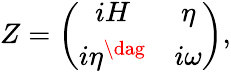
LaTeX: Z=\left(\begin{array}{cc}{{iH}}&{{\eta}}\\ {{i\eta^{\dag}}}&{{i\omega}}\end{array}\right),